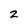
Character: 2